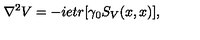
\nabla ^ { 2 } V = - i e t r [ \gamma _ { 0 } S _ { V } ( x , x ) ] ,